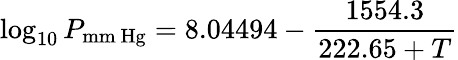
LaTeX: \log_{10}P_{\mathrm{mm~Hg}}=8.04494-{\frac{1554.3}{222.65+T}}